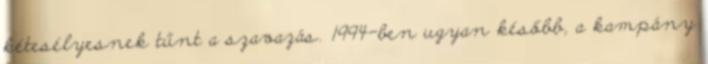
kétesélyesnek tűnt a szavazás. 1994-ben ugyan később, a kampány